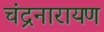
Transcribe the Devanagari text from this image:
चंद्रनारायण